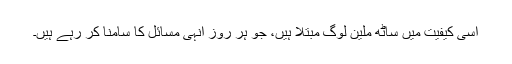
اسی کیفیت میں ساٹھ ملین لوگ مبتلا ہیں، جو ہر روز انہی مسائل کا سامنا کر رہے ہیں۔